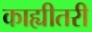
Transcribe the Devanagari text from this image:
काह्यीतरी